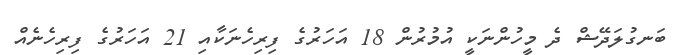
ބަނގުލަދޭޝް ދެ މީހުންނަކީ އުމުރުން 18 އަހަރުގެ ފިރިހެނަކާއި 21 އަހަރުގެ ފިރިހެނެއް